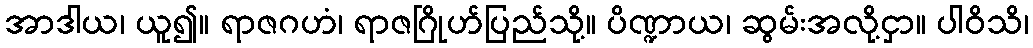
အာဒါယ၊ ယူ၍။ ရာဇဂဟံ၊ ရာဇဂြိုဟ်ပြည်သို့။ ပိဏ္ဍာယ၊ ဆွမ်းအလို့ငှာ။ ပါဝိသိ၊